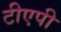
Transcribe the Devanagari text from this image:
टीएपी